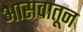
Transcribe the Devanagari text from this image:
आसवातून